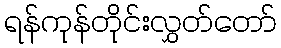
ရန်ကုန်တိုင်းလွှတ်တော်